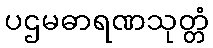
ပဌမဓာရဏသုတ္တံ